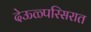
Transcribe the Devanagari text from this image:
देऊळ्परिसरात